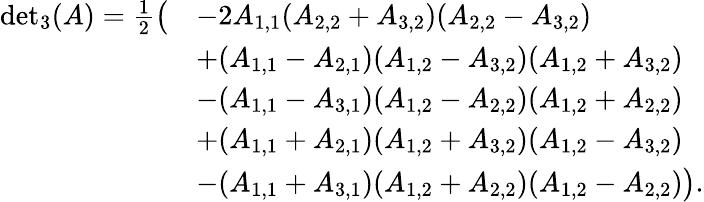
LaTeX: \begin{array}{rl}{{\operatorname*{det}}_{3}(A)=\frac{1}{2}\big(}&{-2A_{1,1}(A_{2,2}+A_{3,2})(A_{2,2}-A_{3,2})}\\ &{+(A_{1,1}-A_{2,1})(A_{1,2}-A_{3,2})(A_{1,2}+A_{3,2})}\\ &{-(A_{1,1}-A_{3,1})(A_{1,2}-A_{2,2})(A_{1,2}+A_{2,2})}\\ &{+(A_{1,1}+A_{2,1})(A_{1,2}+A_{3,2})(A_{1,2}-A_{3,2})}\\ &{-(A_{1,1}+A_{3,1})(A_{1,2}+A_{2,2})(A_{1,2}-A_{2,2})\big).}\end{array}